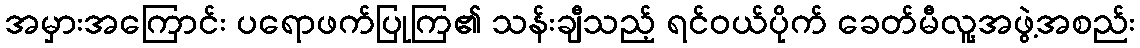
အမှားအကြောင်း ပရောဖက်ပြုကြ၏ သန်းချီသည့် ရင်ဝယ်ပိုက် ခေတ်မီလူ့အဖွဲ့အစည်း